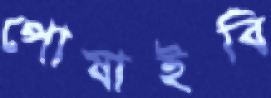
পোষাইবি